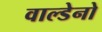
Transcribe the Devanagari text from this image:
वाल्डेनो